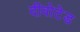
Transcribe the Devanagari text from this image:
दीवोटेड